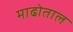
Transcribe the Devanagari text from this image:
माढोताल